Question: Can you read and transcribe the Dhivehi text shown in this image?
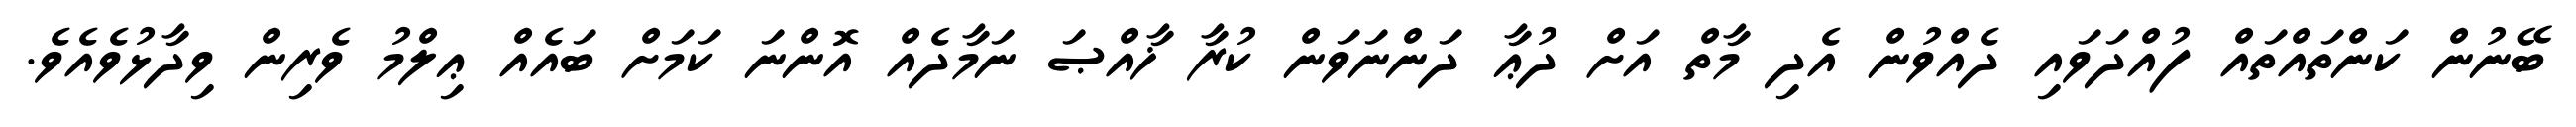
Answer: ބޭނުން ކަންތައްތައް ފުއްދަވައި ދެއްވުން އެދި މާތް އަށް ދުޢާ ދަންނަވަން ކުރާ ޚާއްޞަ ނަމާދެއް އޮންނަ ކަމަށް ބައެއް ޢިލްމު ވެރިން ވިދާޅުވެއެވެ.